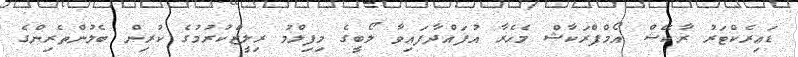
ޑައިރެކްޓަރު ރާކޭޝް އޯމްޕްރަކާޝް މެހެރާ އުފައްދާފައިވާ ލޯބީގެ މިފިލްމު ރިލީޒްކުރުމުގެ ކުރިން ބެލުންތެރިންގެ